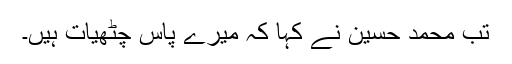
تب محمد حسین نے کہا کہ میرے پاس چٹھیات ہیں۔